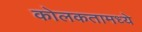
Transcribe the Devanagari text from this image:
कोलकतामध्ये